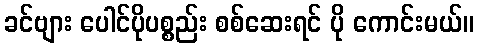
ခင်ဗျား ပေါင်ပိုပစ္စည်း စစ်ဆေးရင် ပို ကောင်းမယ်။